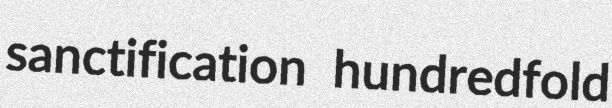
sanctification hundredfold